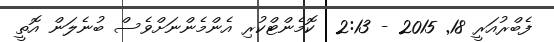
ފެބްރުއަރީ 18